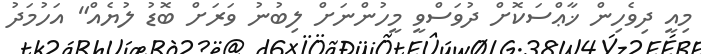
މިއީ ދިވެހިން ޚާޢްސަކޮށް ދުވަސްވީ މީހުންނަށް ލިބުނު ވަރަށް ބޮޑު ލުޔެއް" އަހުމަދު